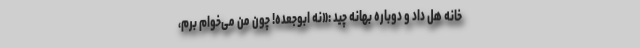
خانه هل داد و دوباره بهانه چید :«نه ابوجعده! چون من می‌خوام برم،